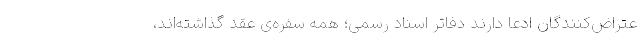
عتراض‌کنندگان ادعا دارند دفاتر اسناد رسمی؛ همه سفره‌ی عقد گذاشته‌اند،